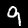
Digit: 9